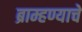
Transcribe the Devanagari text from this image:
ब्राम्हण्याचे